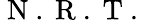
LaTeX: \mathrm{~N~.~R~.~T~.~}